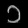
Digit: ၁